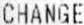
CHANGE